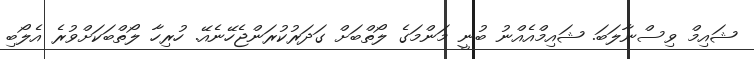
ޝައިމް ވިސްނާލަބަ. ޝައިމްއެއްނު ބުނީ މަންމަގެ ލޯތްބަށް ގަދަރުކުރަންޖެހޭނެއޭ. ހުރިހާ ލޯތްބަކަށްވުރެ އެލޯބި